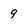
Character: 9